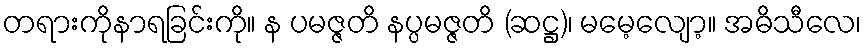
တရားကိုနာရခြင်းကို။ န ပမဇ္ဇတိ နပ္ပမဇ္ဇတိ (ဆဋ္ဌ)၊ မမေ့လျော့။ အဓိသီလေ၊